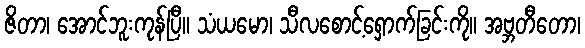
ဇိတာ၊ အောင်ဘူးကုန်ပြီ။ သံယမော၊ သီလစောင့်ရှောက်ခြင်းကို။ အဗ္ဘတီတော၊